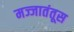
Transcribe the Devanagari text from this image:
मज्जातंतूस